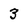
Character: 3